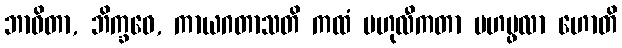
ဘာဝိတာ, ဘိက္ခဝေ, ကာယဂတာသတိ ကထံ ဗဟုလီကတာ မဟပ္ဖလာ ဟောတိ